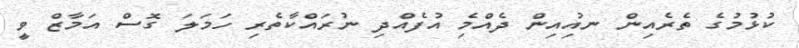
ކުޅުމުގެ ތެރެއިން ނއިުއިން ދެއްމިެ އުފެއްދި ނުރައްކާތެރި ހަމަލަ ގޮސް އަމާޒް ވީ